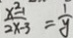
\frac { x ^ { 2 } - 1 } { 2 x - 3 } = \frac { 1 } { y }